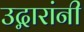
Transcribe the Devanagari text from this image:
उद्गारांनी